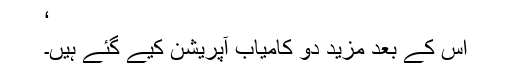
‘
اس کے بعد مزید دو کامیاب آپریشن کیے گئے ہیں۔